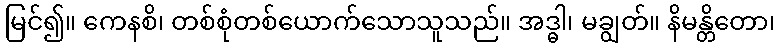
မြင်၍။ ကေနစိ၊ တစ်စုံတစ်ယောက်သောသူသည်။ အဒ္ဓါ၊ မချွတ်။ နိမန္တိတော၊